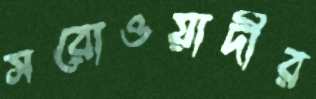
সরোওয়ার্দীর